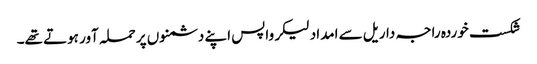
شکست خوردہ راجہ داریل سے امداد لیکر واپس اپنے دشمنوں پر حملہ آور ہوتے تھے۔